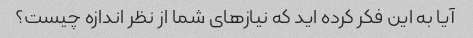
آیا به این فکر کرده اید که نیازهای شما از نظر اندازه چیست؟